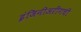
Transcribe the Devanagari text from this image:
इंजिनीअरींगची